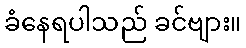
ခံနေရပါသည် ခင်ဗျား။